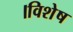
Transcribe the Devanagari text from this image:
।विशेष